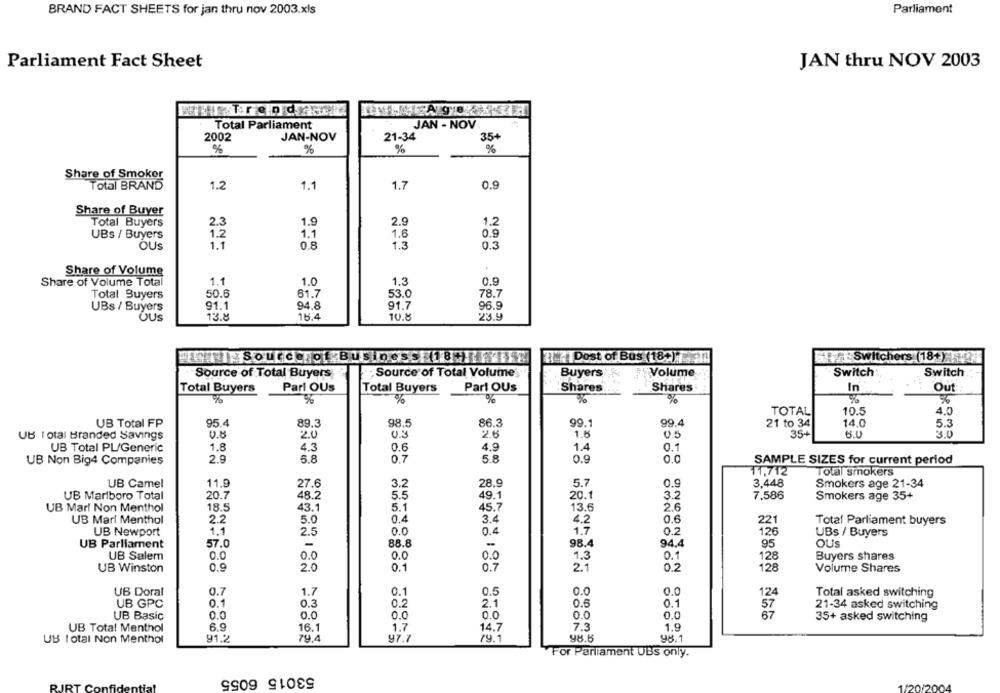
BRAND FACT SHEETS for jan thru nov 2003.xls
Parliament
Parliament Fact Sheet
JAN thru NOV 2003
JAN - NOV
Total Parliament
2002
JAN-NOV
21-34
35+
%
%
%
%
Share of Smoker
Total BRAND
1.2
1.1
1.7
0.9
Share of Buyer
2.3
1.9
2.9
Total Buyers
1.2
UBs / Buyers
1.2
1.1
1.6
0.9
OUs
1.1
0.8
1.3
0.3
Share of Volume
Share of Volume Total
1.1
1.0
1.3
0.9
Total Buyers
50.6
61.7
53.0
78.7
91.1
94.8
91.7
96.9
UBs / Buyers
OUS
13.8
16.4
10.8
23.9
RTINSource of Business 18.
17Dost of Bus (18+) / 2!
Switchers (18-)!1
Source of Total Buyers
Source of Total Volume
Buyers'
Volume
Switch
Switch
Parl OUs
Parl OUs
Shares
Shares
Out
Total Buyers
Total Buyers
In
%
%
%
%
%
TOTAL
10.5
4.0
UB Total FP
95.4
89,3
98.5
86.3
99.1
99.4
21 to 34
14.0
5.3
UB Total Branded Savings
0.8
2.0
03
26
1.5
05
35+
6.0
30
UB Total PL/Generic
1.8
4.3
0.6
4.9
1.4
0.1
6.8
UB Non Big4 Companies
2.9
0.7
5.8
0.9
0.0
SAMPLE SIZES for current period
11,712
Total smokers
UB Camel
11.9
27.6
3.2
28.9
5.7
0.9
3.448
Smokers age 21-34
UB Marlboro Total
20.7
48.2
5.5
49.1
20.1
3.2
7,586
Smokers age 35+
UB Mar! Non Menthol
18.5
43.1
5.1
45.7
13.6
2.6
UB Marl Menthol
2.2
5.0
0.4
3.4
0.6
4.2
221
Total Parliament buyers
UB Newport
1.1
2.5
0.0
0.4
1.7
0.2
126
UBs / Buyers
UB Parliament
57.0
-
88.8
-
98.4
94.4
95
OUS
0.0
0.0
0.0
0.1
UB Salem
0.0
1.3
128
Buyers shares
UB Winston
0.9
2.0
0.1
0.7
2.7
0.2
128
Volume Shares
UB Doral
0.7
1.7
0.1
0.5
0.0
Total asked switching
UB GPC
0.1
0.3
0.2
2.1
0.6
0.1
21-34 asked switching
UB Basic
0.0
O.C
0.0
0.0
0.0
O.0
67
35+ asked switching
UB Total Menthol
6.9
16.1
1.7
14.7
7.3
1.9
91.2
98.5
UB total Non Menthol
79.4
97.7
79.1
98.1
For Parliament UBs only.
53015 6055